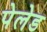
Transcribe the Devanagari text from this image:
पेलेड